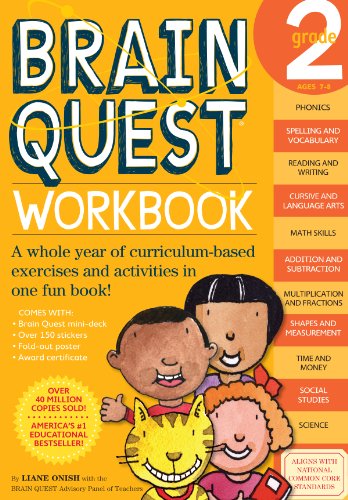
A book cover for Brain Quest Workbook, Grade 2; Liane Onish; Children's Books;